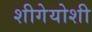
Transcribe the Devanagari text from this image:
शीगेयोशी